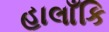
હાલાઁકિ